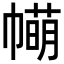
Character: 𢅆